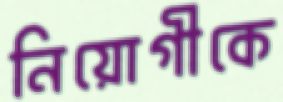
নিয়োগীকে